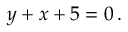
y + x + 5 = 0 \, .